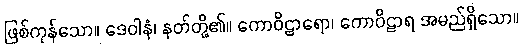
ဖြစ်ကုန်သော။ ဒေဝါနံ၊ နတ်တို့၏။ ကောဝိဠာရော၊ ကောဝိဠာရ အမည်ရှိသော။